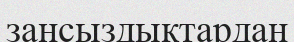
заңсыздықтардан